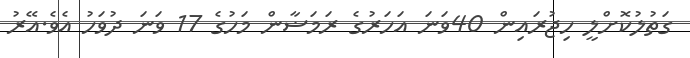
ގަތުލުކޮށްލީ ހިޖުރައިން 40ވަނަ އަހަރުގެ ރަމަޟާން މަހުގެ 17 ވަނަ ދުވަހު އެވެ.އޭރު